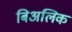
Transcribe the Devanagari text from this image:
बिअलिक